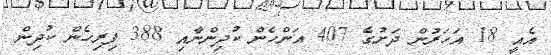
އެއީ 18 އަހަރުން ދަށުގެ 407 އަންހެން ކުދިންނާއި 388 ފިރިހެން ކުދިން